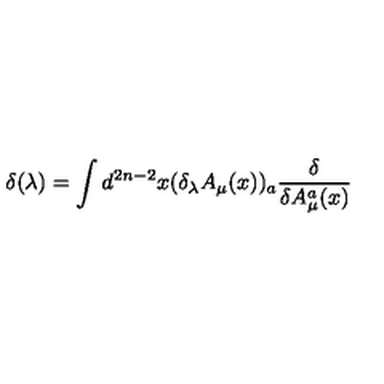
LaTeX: \delta ( \lambda ) = \int d ^ { 2 n - 2 } x ( \delta _ { \lambda } A _ { \mu } ( x ) ) _ { a } \frac { \delta } { \delta A _ { \mu } ^ { a } ( x ) }